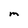
Character: M